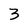
Character: 3